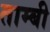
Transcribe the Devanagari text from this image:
ताम्बी